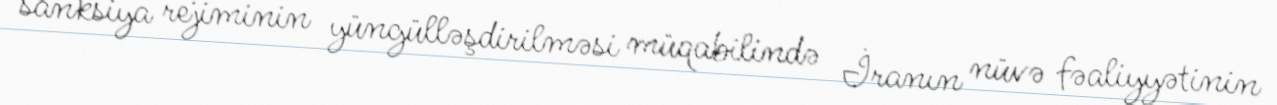
sanksiya rejiminin yüngülləşdirilməsi müqabilində İranın nüvə fəaliyyətinin